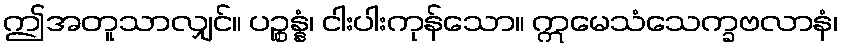
ဤအတူသာလျှင်။ ပဉ္စန္နံ၊ ငါးပါးကုန်သော။ ဣမေသံသေက္ခဗလာနံ၊